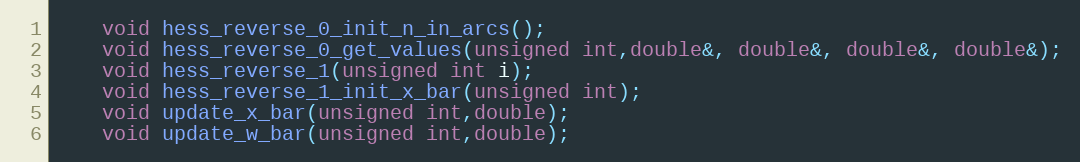
Language: C
	void hess_reverse_0_init_n_in_arcs();
	void hess_reverse_0_get_values(unsigned int,double&, double&, double&, double&);
	void hess_reverse_1(unsigned int i);
	void hess_reverse_1_init_x_bar(unsigned int);
	void update_x_bar(unsigned int,double);
	void update_w_bar(unsigned int,double);